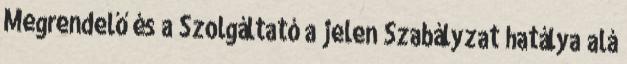
Megrendelő és a Szolgáltató a jelen Szabályzat hatálya alá